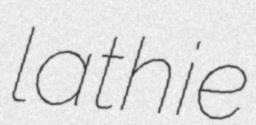
lathie